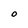
Character: O